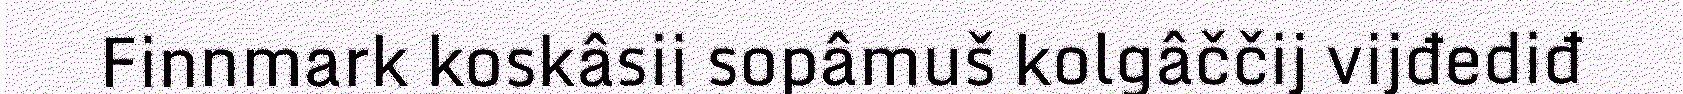
Finnmark koskâsii sopâmuš kolgâččij vijđediđ